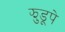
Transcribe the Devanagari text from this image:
झुडूपे